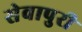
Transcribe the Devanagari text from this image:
सेवापुरी